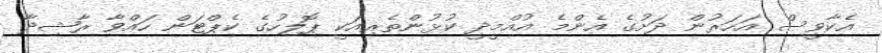
އެކާވީސް އަހަރުން ދަށުގެ އެންމެ އުއްމީދީ ކުޅުންތެރިއަކީ ޕޮލިހުގެ ކެޕްޓަން ހައްވާ ރާޝިދާ